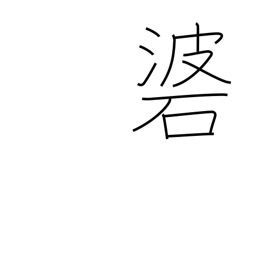
Meaning: weight attached to an arrow by a cord